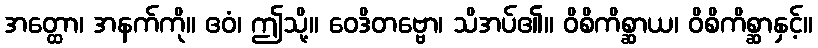
အတ္ထော၊ အနက်ကို။ ဧဝံ၊ ဤသို့။ ဝေဒိတဗ္ဗော၊ သိအပ်၏။ ဝိစိကိစ္ဆာယ၊ ဝိစိကိစ္ဆာနှင့်။